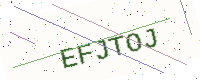
Text: EFJTOJ